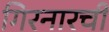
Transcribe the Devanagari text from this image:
गिरनारची